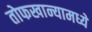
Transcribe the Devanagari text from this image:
तोफखान्यामध्ये